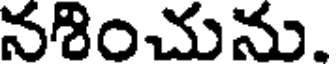
నశించును.